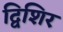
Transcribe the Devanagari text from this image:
द्विशिर